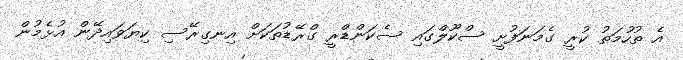
އެ ތުހުމަތު ކުރީ ގެމަނަފުށީ ސްކޫލްގައި ސެކަންޑްރީ ގްރޭޑުތަކަަށް އިނގިރޭސި ކިޔަވައިދޭން އުޅެމުން